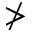
\ngtr